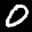
Label: 0